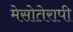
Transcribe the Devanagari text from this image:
मेसोतेरापी